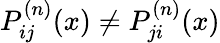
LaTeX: P_{ij}^{(n)}(x)\neq P_{ji}^{(n)}(x)